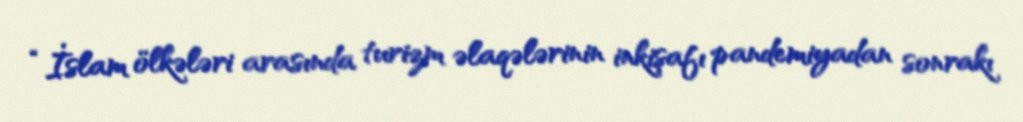
“İslam ölkələri arasında turizm əlaqələrinin inkişafı pandemiyadan sonrakı